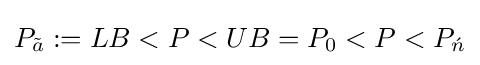
P_{\tilde {a}}:=LB<P<UB=P_{0}<P<P_{\acute {n}}\,\!